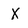
Character: x